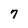
Character: 7